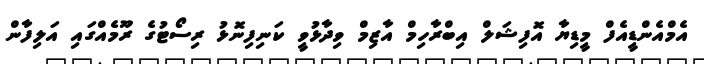
އެމްއެންޑީއެފް މީޑިޔާ އޮފިޝަލް އިބްރާހިމް އާޒިމް ވިދާޅުވީ ކަނިފިނޮޅު ރިސޯޓުގެ ރޫމެއްގައި އަލިފާން